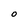
Character: O